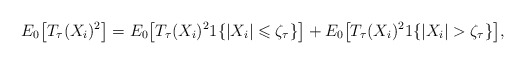
\begin{align*} E_{0}\big[T_{\tau}(X_i)^{2}\big]=E_{0}\big[T_{\tau}(X_i)^{2}1\{|X_i|\leqslant \zeta_{\tau}\}\big]+E_{0}\big[T_{\tau}(X_i)^{2}1\{|X_i| >\zeta_{\tau}\}\big], \end{align*}